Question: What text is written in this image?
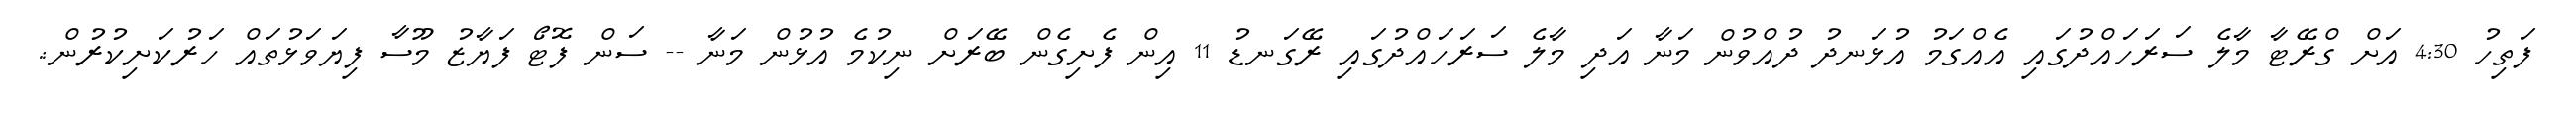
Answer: ފަތިހު 4:30 އަށް ގްރޭޓާ މާލެ ސަރަހައްދުގައި އެއްގަމު އުޅަނދު ދުއްވުން މަނާ އަދި މާލެ ސަރަހައްދުގައި ރޭގަނޑު 11 އިން ފެށިގެން ބޭރަށް ނިކުމެ އުޅުން މަނާ -- ސަން ފޮޓޯ ފަޔާޒު މޫސާ ފިޔަވަޅުތައް ހަރުކަށިކުރުން:.